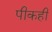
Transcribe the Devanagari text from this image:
पीकही